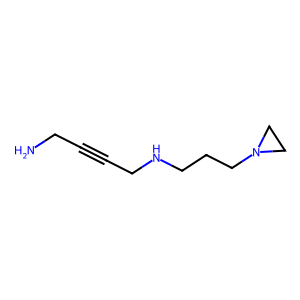
SMILES: NCC#CCNCCCN1CC1
Inhibits HIV replication: No